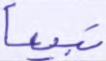
تبيعا